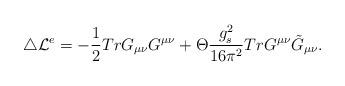
LaTeX: \begin{align*}\triangle {\cal L}^e = - \frac{1}{2} Tr G_{\mu \nu} G^{\mu \nu} + \Theta\frac{g_s^2}{16 \pi^2} Tr G^{\mu \nu} \tilde G_{\mu \nu} .\end{align*}